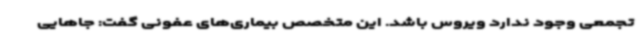
تجمعی وجود ندارد ویروس باشد. این متخصص بیماری‌های عفونی گفت: جاهایی